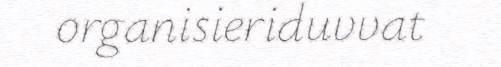
organisieriduvvat